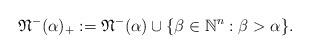
LaTeX: \begin{gather*}\mathfrak{N}^{-}(\alpha)_{+}:=\mathfrak{N}^{-}(\alpha)\cup \{\beta\in\mathbb{N}^{n}:\beta>\alpha\}.\end{gather*}